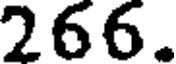
266.